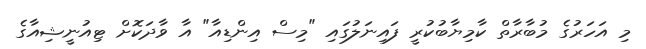
މި އަހަރުގެ މުބާރާތް ކާމިޔާބުކުރީ ފައިނަލުގައި "މިސް އިންޑިއާ" އާ ވާދަކޮށް ޓިއުނީޝިއާގެ